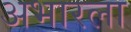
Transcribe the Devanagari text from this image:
अभारला